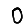
Digit: 0